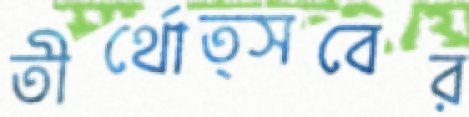
তীর্থোত্সবের